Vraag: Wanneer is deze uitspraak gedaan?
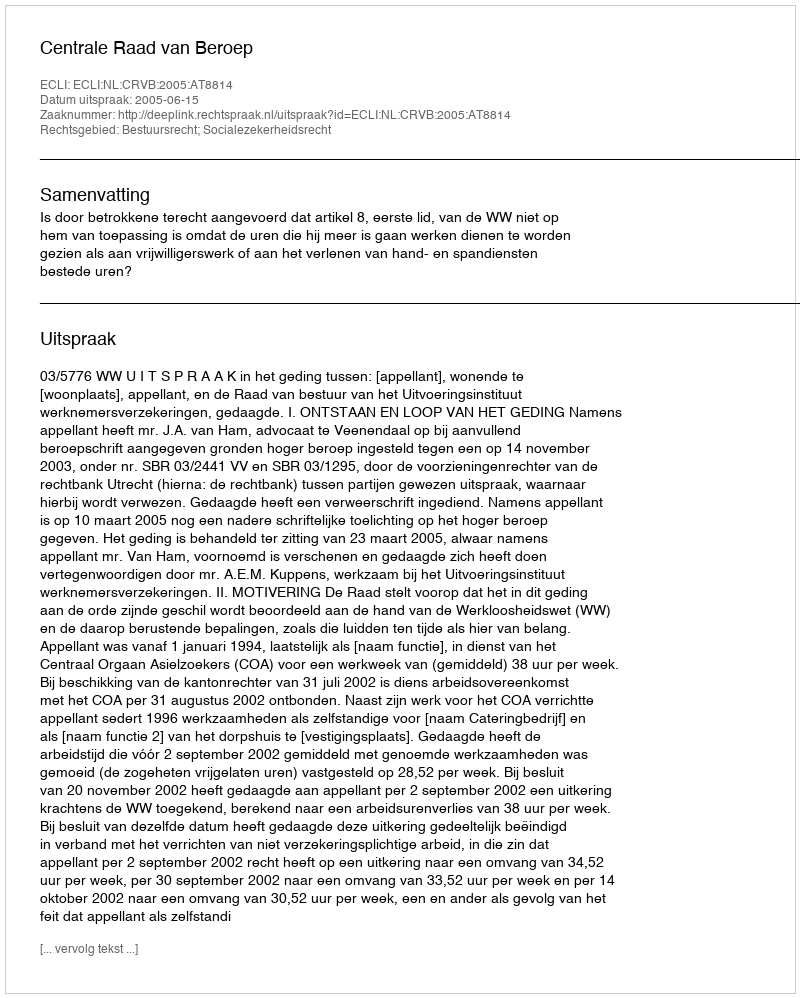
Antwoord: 2005-06-15